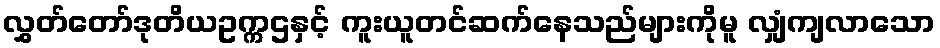
လွှတ်တော်ဒုတိယဥက္ကဌနှင့် ကူးယူတင်ဆက်နေသည်များကိုမူ လျှံကျလာသော